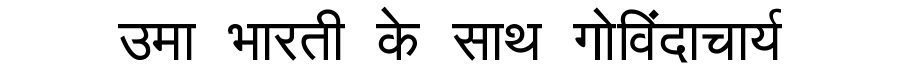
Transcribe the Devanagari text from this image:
उमा भारती के साथ गोविंदाचार्य